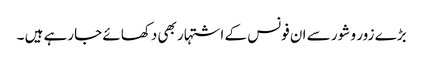
بڑے زور و شور سے ان فونس کے اشتہار بھی دکھائے جارہے ہیں ۔